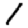
Digit: 1